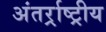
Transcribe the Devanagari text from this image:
अंतर्र्राष्‍ट्रीय